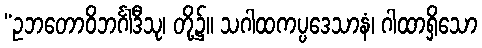
“ဥဘတောဝိဘင်္ဂါဒီသု၊ တို့၌။ သဂါထကပ္ပဒေသာနံ၊ ဂါထာရှိသော